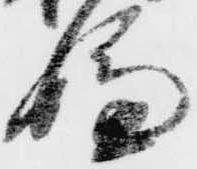
嫌